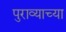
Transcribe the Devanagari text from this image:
पुराव्याच्या